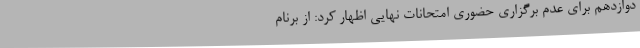
دوازدهم برای عدم برگزاری حضوری امتحانات نهایی اظهار کرد: از برنام